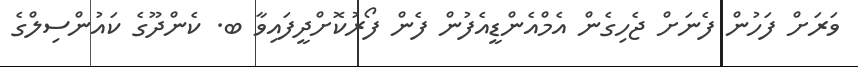
ވަރަށް ފަހުން ފެނަށް ޖެހިގެން އެމްއެންޑީއެފުން ފެން ފޯރުކޮށްދީފައިވާ ބ. ކެންދޫގެ ކައުންސިލްގެ